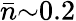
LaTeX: \bar{n}{\sim}0.2